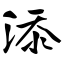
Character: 添